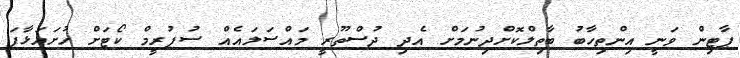
ޕާޓިން ވަނީ އިންތިހާބު ބާތިލްކޮށްދިނުމަށް އެދި ދުސްތޫރީ މައްސަލައެއް ސުޕުރީމް ކޯޓަށް ހުށައަޅާފަ